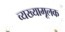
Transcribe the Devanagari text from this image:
व्यख्यामूलक